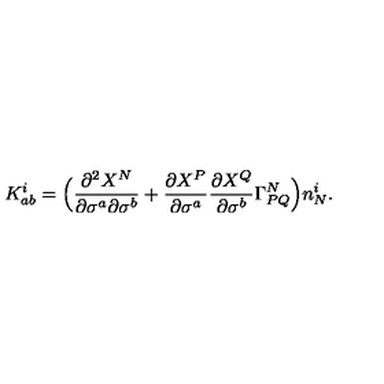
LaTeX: K _ { a b } ^ { i } = \Bigl ( \frac { \partial ^ { 2 } X ^ { N } } { \partial \sigma ^ { a } \partial \sigma ^ { b } } + \frac { \partial X ^ { P } } { \partial \sigma ^ { a } } \frac { \partial X ^ { Q } } { \partial \sigma ^ { b } } \Gamma _ { P Q } ^ { N } \Bigr ) n _ { N } ^ { i } .